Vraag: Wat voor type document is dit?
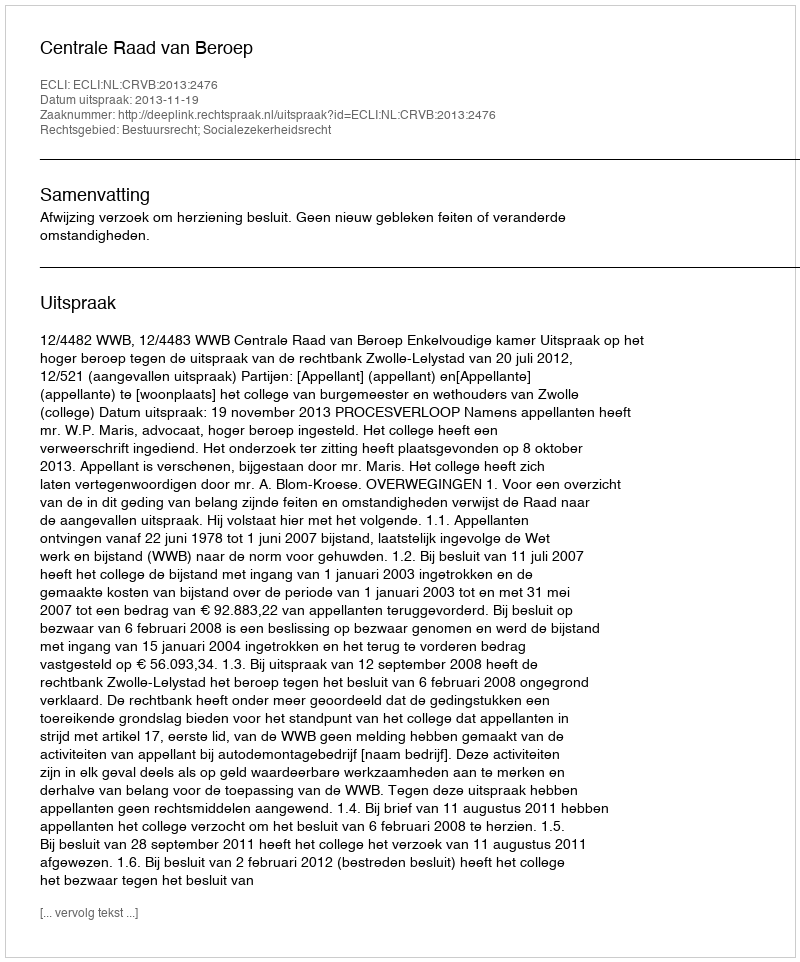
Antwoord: Uitspraak